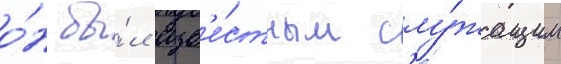
о́н бы́л изв'е́стным слу́жащим